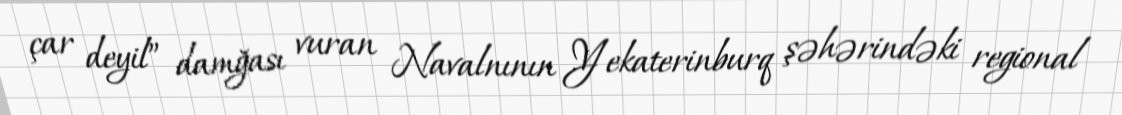
çar deyil” damğası vuran Navalnının Yekaterinburq şəhərindəki regional